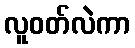
လူဝတ်လဲကာ